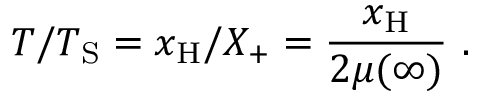
T / T _ { \mathrm { S } } = x _ { \mathrm { H } } / X _ { + } = \frac { x _ { \mathrm { H } } } { 2 \mu ( \infty ) } \ .